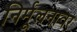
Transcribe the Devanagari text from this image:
निर्मूलनावर